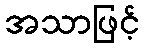
အသာဖြင့်